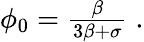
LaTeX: \begin{array}{r}{\phi_{0}=\frac{\beta}{3\beta+\sigma}\; .}\end{array}